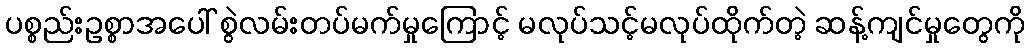
ပစ္စည်းဥစ္စာအပေါ် စွဲလမ်းတပ်မက်မှုကြောင့် မလုပ်သင့်မလုပ်ထိုက်တဲ့ ဆန့်ကျင်မှုတွေကို